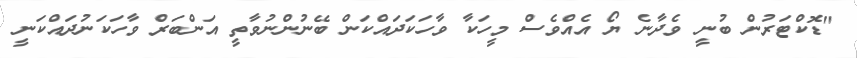
"ޑޮކްޓަރުން ބުނީ ވެދާނެ ޔޯ އެއްވެސް މީހަކާ ވާހަކަދައްކަން ބޭނުންނުވާތީ އަންބަރް ވާހަކަނުދައްކަނީ